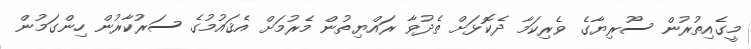
މީގެއިތުރުން ސޫރިޔާގެ ވެރިކަމާ ދެކޮޅަށް ތެދުވާ ރައްޔިތުން މެރުމަށް އެޤައުމުގެ ސަރުކާރުން ހިންގަމުން